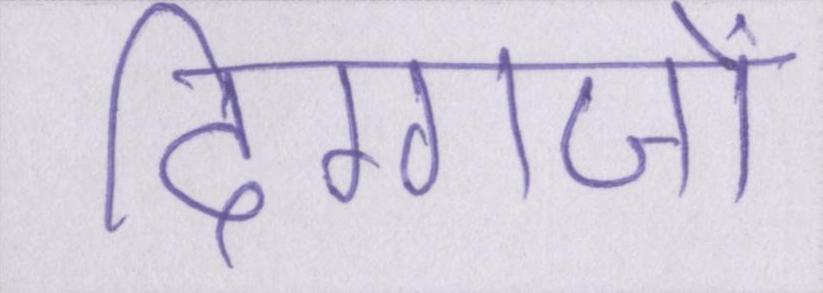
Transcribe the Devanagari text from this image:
दिग्गजों